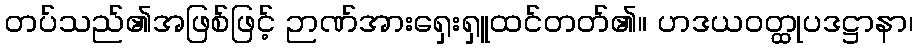
တပ်သည်၏အဖြစ်ဖြင့် ဉာဏ်အားရှေးရှူထင်တတ်၏။ ဟဒယဝတ္ထုပဒဋ္ဌာနာ၊